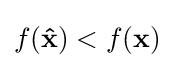
f(\mathbf {\hat {x}} )<f(\mathbf {x} )